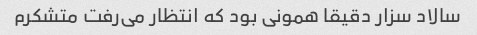
سالاد سزار دقیقا همونی بود که انتظار می‌رفت متشکرم